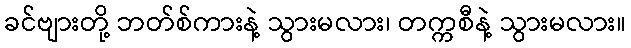
ခင်ဗျားတို့ ဘတ်စ်ကားနဲ့ သွားမလား၊ တက္ကစီနဲ့ သွားမလား။